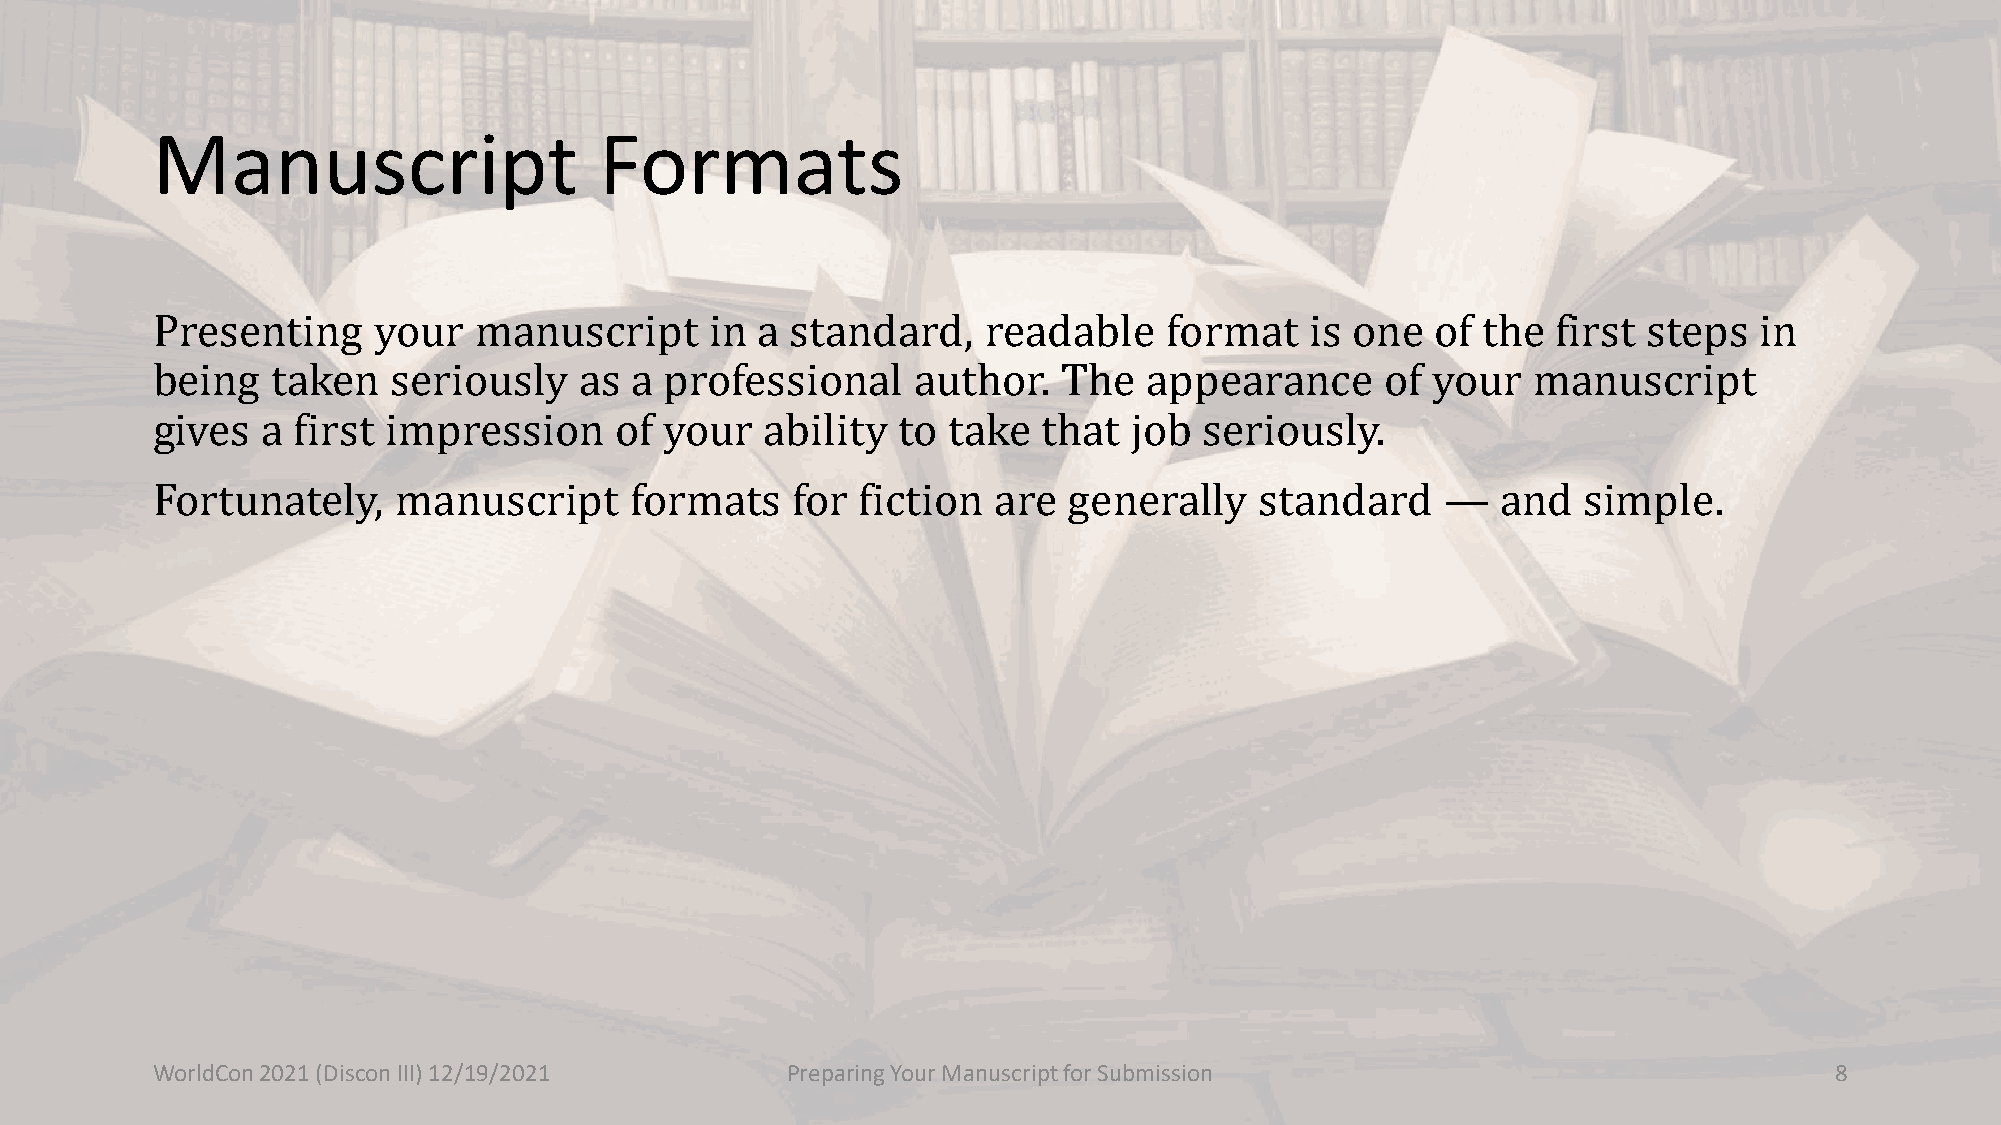
Manuscript                    Formats
 Presenting     your  manuscript      in a standard,    readable    format    is one  of the  first steps  in
 being   taken   seriously   as  a professional     author.  The   appearance      of your  manuscript
 gives  a first  impression     of your   ability to  take  that  job  seriously.
 Fortunately,    manuscript      formats   for  fiction  are  generally   standard     —  and   simple.
 WorldCon 2021 (Discon III) 12/19/2021     Preparing Your Manuscript for Submission                             8